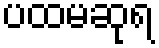
ပထမဆုရ